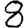
Digit: 8